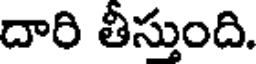
దారి తీస్తుంది.